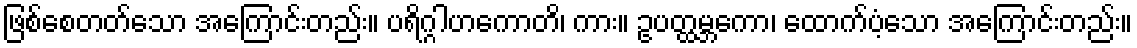
ဖြစ်စေတတ်သော အကြောင်းတည်း။ ပရိဂ္ဂါဟကောတိ၊ ကား။ ဥပတ္ထမ္ဘကော၊ ထောက်ပံ့သော အကြောင်းတည်း။